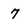
Character: 7